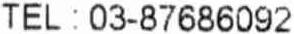
TEL : 03-87686092